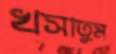
খসাতুম